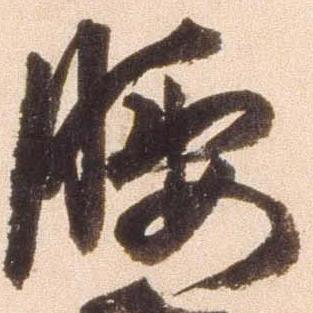
腰